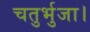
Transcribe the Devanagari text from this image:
चतुर्भुजा।